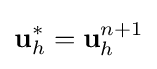
\mathbf {u} _{h}^{*}=\mathbf {u} _{h}^{n+1}